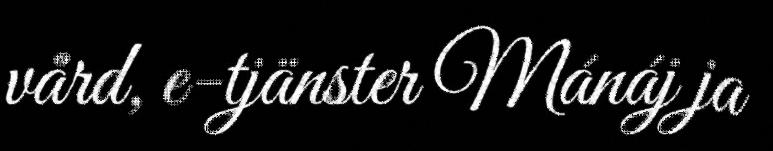
vård, e-tjänster Mánáj ja